Scottish Leaving Certificate Examination, 1951
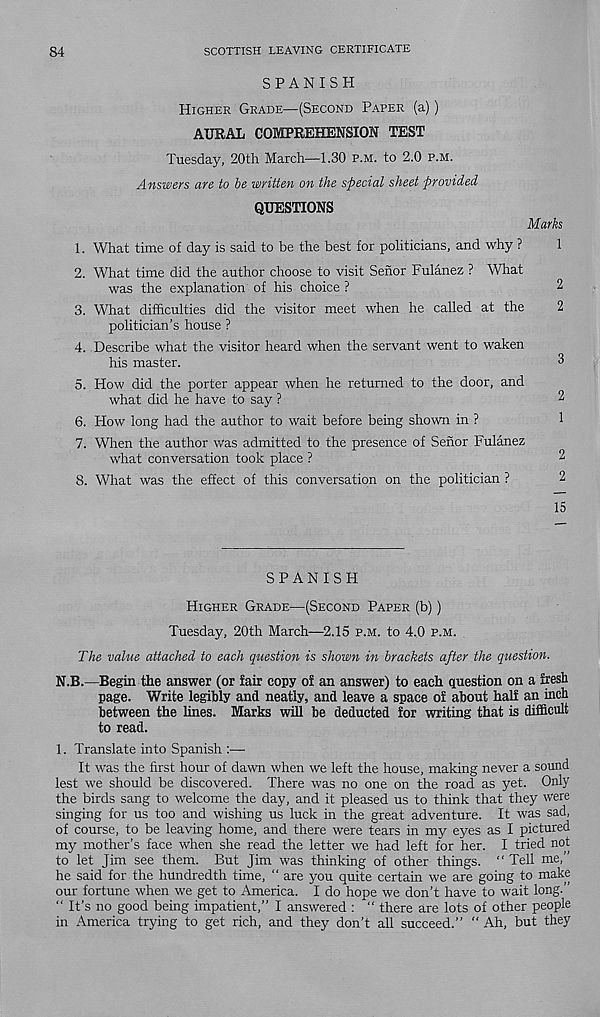
84
SCOTTISH LEAVING CERTIFICATE
SPANISH
Higher Grade—(Second Paper (a))
AURAL COMPREHENSION TEST
Tuesday, 20th March—1.30 p.m. to 2.0 p.m.
Answers are to be written on the special sheet provided
QUESTIONS
Marks
1. What time of day is said to be the best for politicians, and why ?
1
2. What time did the author choose to visit Senor Fulanez ? What
was the explanation of his choice ?
2
3. What difficulties did the visitor meet when he called at the
2
politician’s house ?
4. Describe what the visitor heard when the servant went to waken
his master.
3
5. How did the porter appear when he returned to the door, and
what did he have to say ?
2
6. How long had the author to wait before being shown in ?
1
7. When the author was admitted to the presence of Senor Fulanez
what conversation took place ?
2
8. What was the effect of this conversation on the politician ?
2
15
SPANISH
Higher Grade—(Second Paper (b))
Tuesday, 20th March—2.15 p.m. to 4.0 p.m.
The value attached to each question is shown in brackets after the question.
N.B.—Begin the answer (or fair copy of an answer) to each question on a fresh
page. Write legihly and neatly, and leave a space of about half an inch
between the lines. Marks will be deducted for writing that is difficult
to read.
1. Translate into Spanish :—
It was the first hour of dawn when we left the house, making never a sound
lest we should be discovered. There was no one on the road as yet. Only
the birds sang to welcome the day, and it pleased us to think that they were
singing for us too and wishing us luck in the great adventure. It was sad,
of course, to be leaving home, and there were tears in my eyes as I pictured
my mother’s face when she read the letter we had left for her. I tried not
to let Jim see them. But Jim was thinking of other things. “ Tell me,’
he said for the hundredth time, “ are you quite certain we are going to make
our fortune when we get to America. I do hope we don’t have to wait long.
“ It’s no good being impatient,” I answered : “ there are lots of other people
in America trying to get rich, and they don’t all succeed.” “ Ah, but they